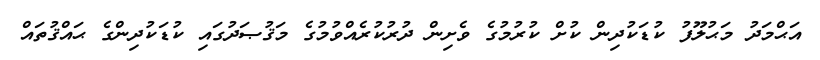
އަޙްމަދު މަޙުލޫފު ކުޑަކުދިން ކުށް ކުރުމުގެ ވެށިން ދުރުކުރެއްވުމުގެ މަޤުޞަދުގައި ކުޑަކުދިންގެ ޙައްޤުތައް